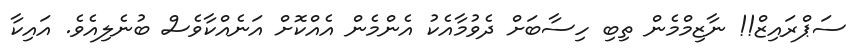
ސަޕްރައިޒް!! ނާޒިމްމެން ތިބި ހިސާބަށް ދެވުމާއެކު އެންމެން އެއްކޮށް އަނެއްކާވެސް ބުނެލިއެވެ. އައިކާ